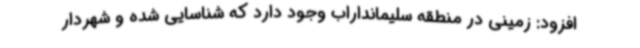
افزود: زمینی در منطقه سلیمانداراب وجود دارد که شناسایی شده و شهردار